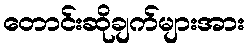
တောင်းဆိုချက်များအား